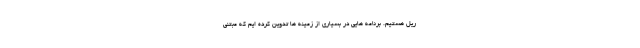
ریل هستیم. برنامه هایی در بسیاری از زمینه ها تدوین کرده ایم که مبتنی